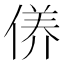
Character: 𱏂